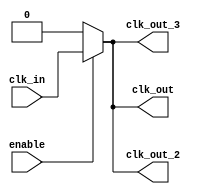
module basic_clock_buffer (
    input wire clk_in,            // Input clock signal
    input wire enable,            // Enable signal
    output wire clk_out,          // Output clock signal
    output wire clk_out_2,        // Additional output clock signal for multiple loads
    output wire clk_out_3         // Another additional output clock signal
);

// Internal signal to hold the buffered clock
wire buffered_clk;

// Buffering the clock signal with enable functionality
assign buffered_clk = enable ? clk_in : 1'b0;

// Drive multiple outputs with the buffered clock
assign clk_out = buffered_clk;
assign clk_out_2 = buffered_clk;
assign clk_out_3 = buffered_clk;

// Propagation delay can be modeled with a delay line if necessary
// Here we assume minimal delay for simplicity
// You can use `#delay_time` if needed to simulate propagation delay
// e.g., assign #1 buffered_clk = enable ? clk_in : 1'b0;

endmodule